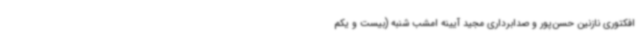
افکتوری نازنین حسن‌پور و صدابرداری مجید آیینه امشب شنبه (بیست و یکم